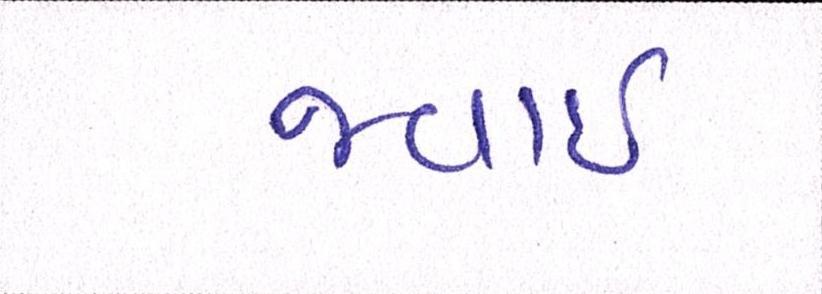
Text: જવાઇ